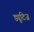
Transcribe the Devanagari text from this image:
ड्यूटिज